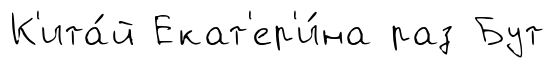
К'ита́й Екат'ер'и́на раз Бут